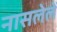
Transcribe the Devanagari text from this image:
नासलेलें